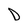
Character: D